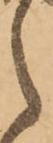
之